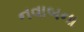
નવાબના